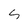
Character: s